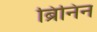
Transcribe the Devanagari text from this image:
ब्रिनिन